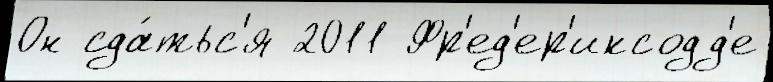
Он сда́тьс'я 2011 Фр'ед'ер'иксодд'е